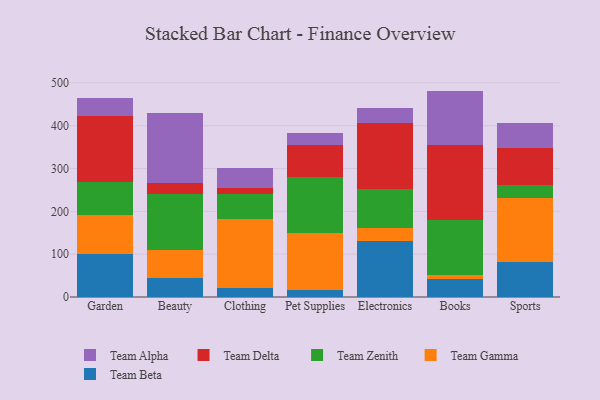
{"axis": {"x": "Category", "y": "Website Visitors"}, "legend": ["Team Alpha", "Team Beta", "Team Delta", "Team Gamma", "Team Zenith"], "data": [{"x": "Garden", "y": 100.0, "type": "Team Beta"}, {"x": "Garden", "y": 91.5, "type": "Team Gamma"}, {"x": "Garden", "y": 76.4, "type": "Team Zenith"}, {"x": "Garden", "y": 155.9, "type": "Team Delta"}, {"x": "Garden", "y": 39.8, "type": "Team Alpha"}, {"x": "Beauty", "y": 44.2, "type": "Team Beta"}, {"x": "Beauty", "y": 65.1, "type": "Team Gamma"}, {"x": "Beauty", "y": 131.8, "type": "Team Zenith"}, {"x": "Beauty", "y": 25.5, "type": "Team Delta"}, {"x": "Beauty", "y": 163.7, "type": "Team Alpha"}, {"x": "Clothing", "y": 20.7, "type": "Team Beta"}, {"x": "Clothing", "y": 162.4, "type": "Team Gamma"}, {"x": "Clothing", "y": 56.8, "type": "Team Zenith"}, {"x": "Clothing", "y": 14.4, "type": "Team Delta"}, {"x": "Clothing", "y": 46.9, "type": "Team Alpha"}, {"x": "Pet Supplies", "y": 16.0, "type": "Team Beta"}, {"x": "Pet Supplies", "y": 133.3, "type": "Team Gamma"}, {"x": "Pet Supplies", "y": 131.7, "type": "Team Zenith"}, {"x": "Pet Supplies", "y": 73.9, "type": "Team Delta"}, {"x": "Pet Supplies", "y": 28.3, "type": "Team Alpha"}, {"x": "Electronics", "y": 131.5, "type": "Team Beta"}, {"x": "Electronics", "y": 30.8, "type": "Team Gamma"}, {"x": "Electronics", "y": 89.0, "type": "Team Zenith"}, {"x": "Electronics", "y": 156.1, "type": "Team Delta"}, {"x": "Electronics", "y": 33.1, "type": "Team Alpha"}, {"x": "Books", "y": 41.7, "type": "Team Beta"}, {"x": "Books", "y": 10.3, "type": "Team Gamma"}, {"x": "Books", "y": 128.8, "type": "Team Zenith"}, {"x": "Books", "y": 173.1, "type": "Team Delta"}, {"x": "Books", "y": 127.5, "type": "Team Alpha"}, {"x": "Sports", "y": 80.6, "type": "Team Beta"}, {"x": "Sports", "y": 149.8, "type": "Team Gamma"}, {"x": "Sports", "y": 30.3, "type": "Team Zenith"}, {"x": "Sports", "y": 87.6, "type": "Team Delta"}, {"x": "Sports", "y": 58.7, "type": "Team Alpha"}]}